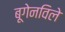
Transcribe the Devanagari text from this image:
बूगेनविले